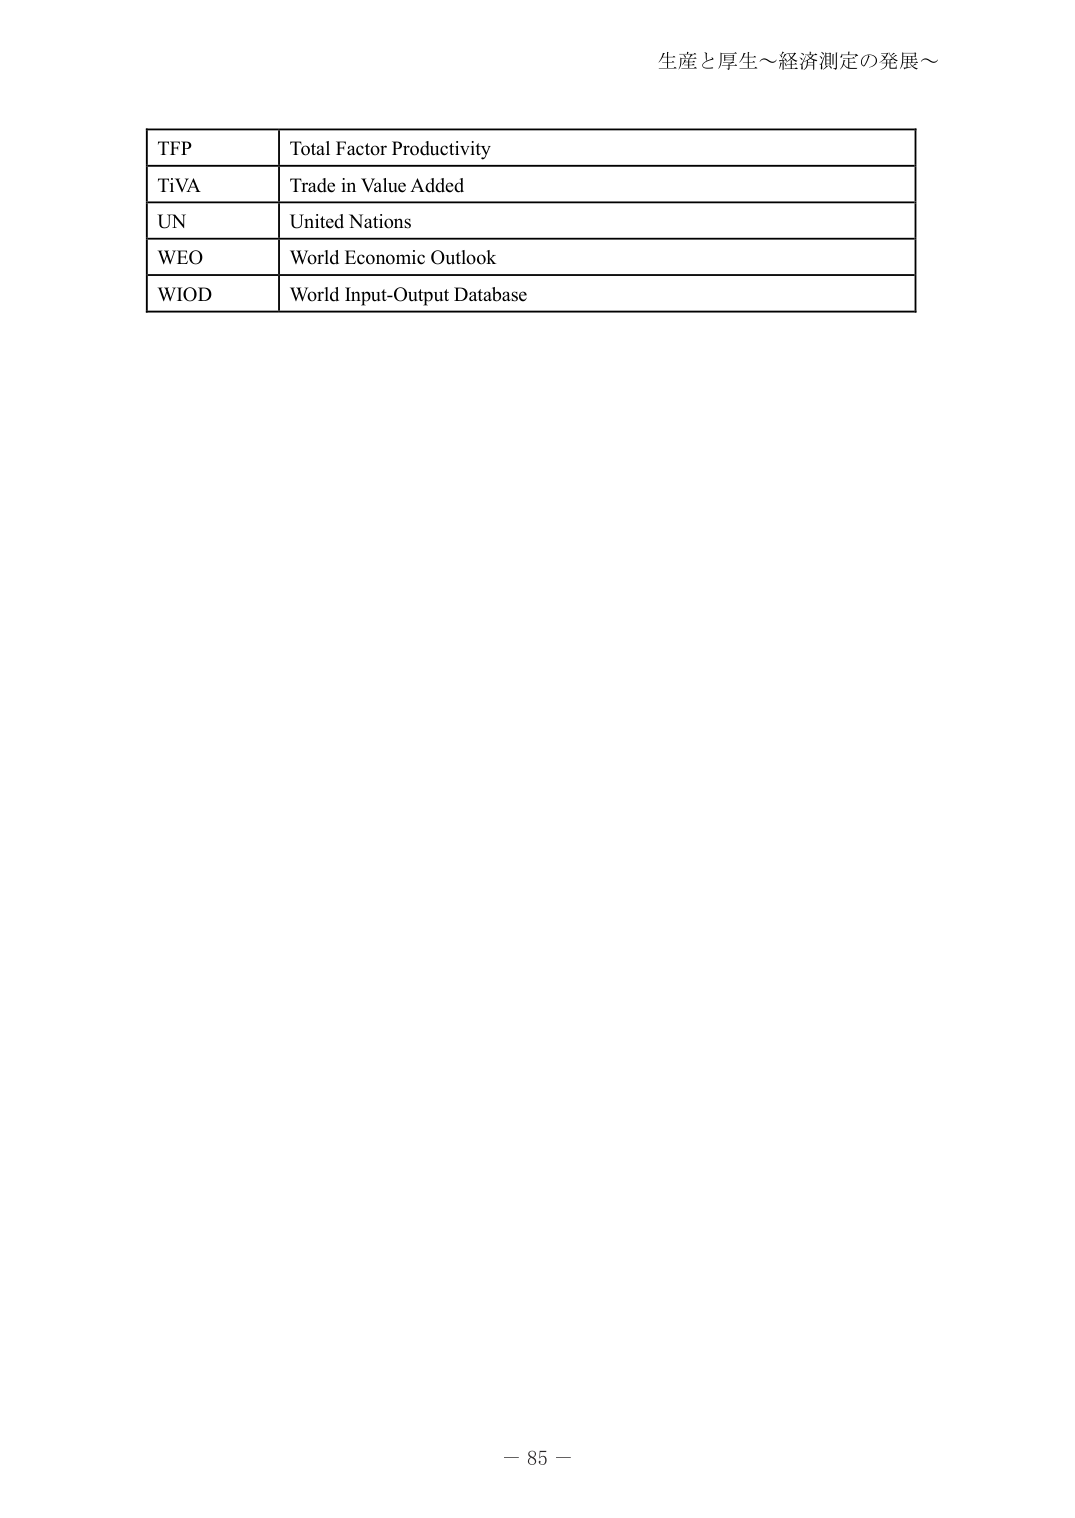
生産と厚生～経済測定の発展～

TFP	Total Factor Productivity
TiVA	Trade in Value Added
UN	United Nations
WEO	World Economic Outlook
WIOD	World Input-Output Database

－ 85 －